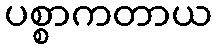
ပစ္စာကတာယ